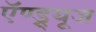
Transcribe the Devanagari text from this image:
ऍण्ड्र्यूज